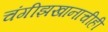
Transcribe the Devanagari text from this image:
चंगीझखानाचीही